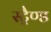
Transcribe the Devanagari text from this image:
स्ट्रैण्ड